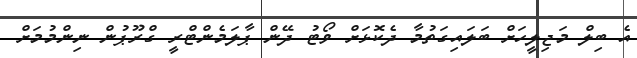
އެ ބިލް މަޖިލީހަށް ބަލައިގަތުމާ ދެކޮޅަށް ވޯޓު ދޭން ޕާލަމެންޓްރީ ގްރޫޕުން ނިންމުމަށް